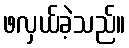
ဖလှယ်ခဲ့သည်။